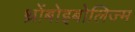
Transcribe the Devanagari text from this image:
थ्रोंबोइबोलिज्म